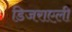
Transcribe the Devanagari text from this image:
डिजराएली